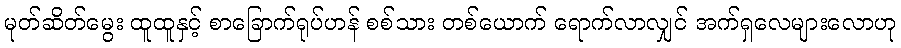
မုတ်ဆိတ်မွေး ထူထူနှင့် စာခြောက်ရုပ်ဟန် စစ်သား တစ်ယောက် ရောက်လာလျှင် အက်ရှလေများလောဟု